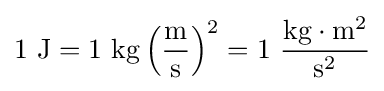
1\ \mathrm {J} =1\ \mathrm {kg} \left({\frac {\mathrm {m} }{\mathrm {s} }}\right)^{2}=1\ {\frac {\mathrm {kg} \cdot \mathrm {m} ^{2}}{\mathrm {s} ^{2}}}